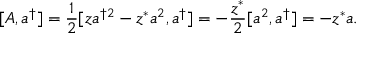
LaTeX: [ A , a ^ { \dagger } ] = { \frac { 1 } { 2 } } [ z a ^ { \dagger 2 } - z ^ { * } a ^ { 2 } , a ^ { \dagger } ] = - { \frac { z ^ { * } } { 2 } } [ a ^ { 2 } , a ^ { \dagger } ] = - z ^ { * } a .